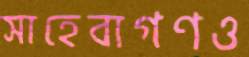
সাহেবাগণও